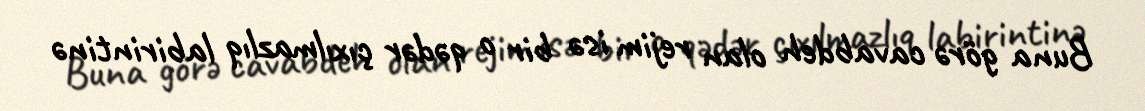
Buna görə cavabdeh olan rejim isə bir o qədər çıxılmazlıq labirintinə